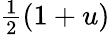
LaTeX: \textstyle{\frac{1}{2}}(1+u)